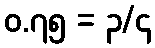
၀.၇၅ = ၃/၄